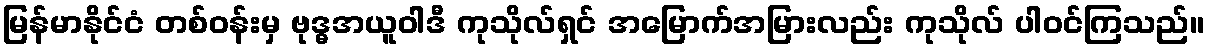
မြန်မာနိုင်ငံ တစ်ဝန်းမှ ဗုဒ္ဓအယူဝါဒီ ကုသိုလ်ရှင် အမြောက်အမြားလည်း ကုသိုလ် ပါဝင်ကြသည်။